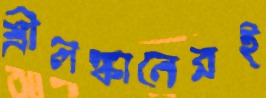
শ্রীলঙ্কানেরই